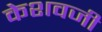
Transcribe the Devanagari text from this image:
केशवजी